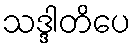
သဒ္ဒါတိပေ